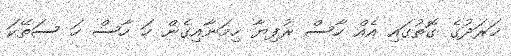
ޚަރަދުގެ ގޮތުގައި އެއް ހާސް ރުފިޔާ ހިމަނާއިގެން ހަ ހާސް ހަ ސަތޭކަ